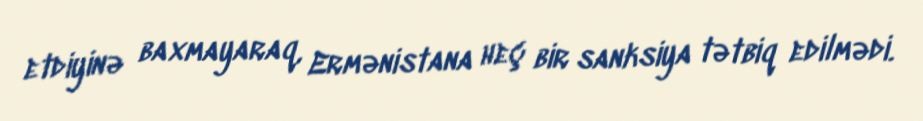
etdiyinə baxmayaraq, Ermənistana heç bir sanksiya tətbiq edilmədi.